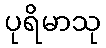
ပုရိမာသု